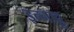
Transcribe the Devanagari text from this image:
इन्नाट्टु